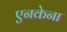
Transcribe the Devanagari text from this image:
एनकेना